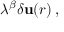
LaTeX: \lambda ^ { \beta } \delta \mathbf { u } ( r ) \, ,